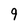
Character: 9